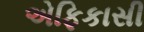
એફિકાસી